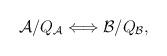
LaTeX: \begin{align*}{\cal A}/Q_{\cal A} \Longleftrightarrow {\cal B}/Q_{\cal B},\end{align*}